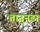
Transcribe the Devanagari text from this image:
तानुनडा